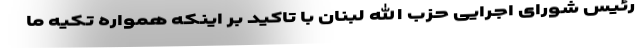
رئیس شورای اجرایی حزب الله لبنان با تاکید بر اینکه همواره تکیه ما